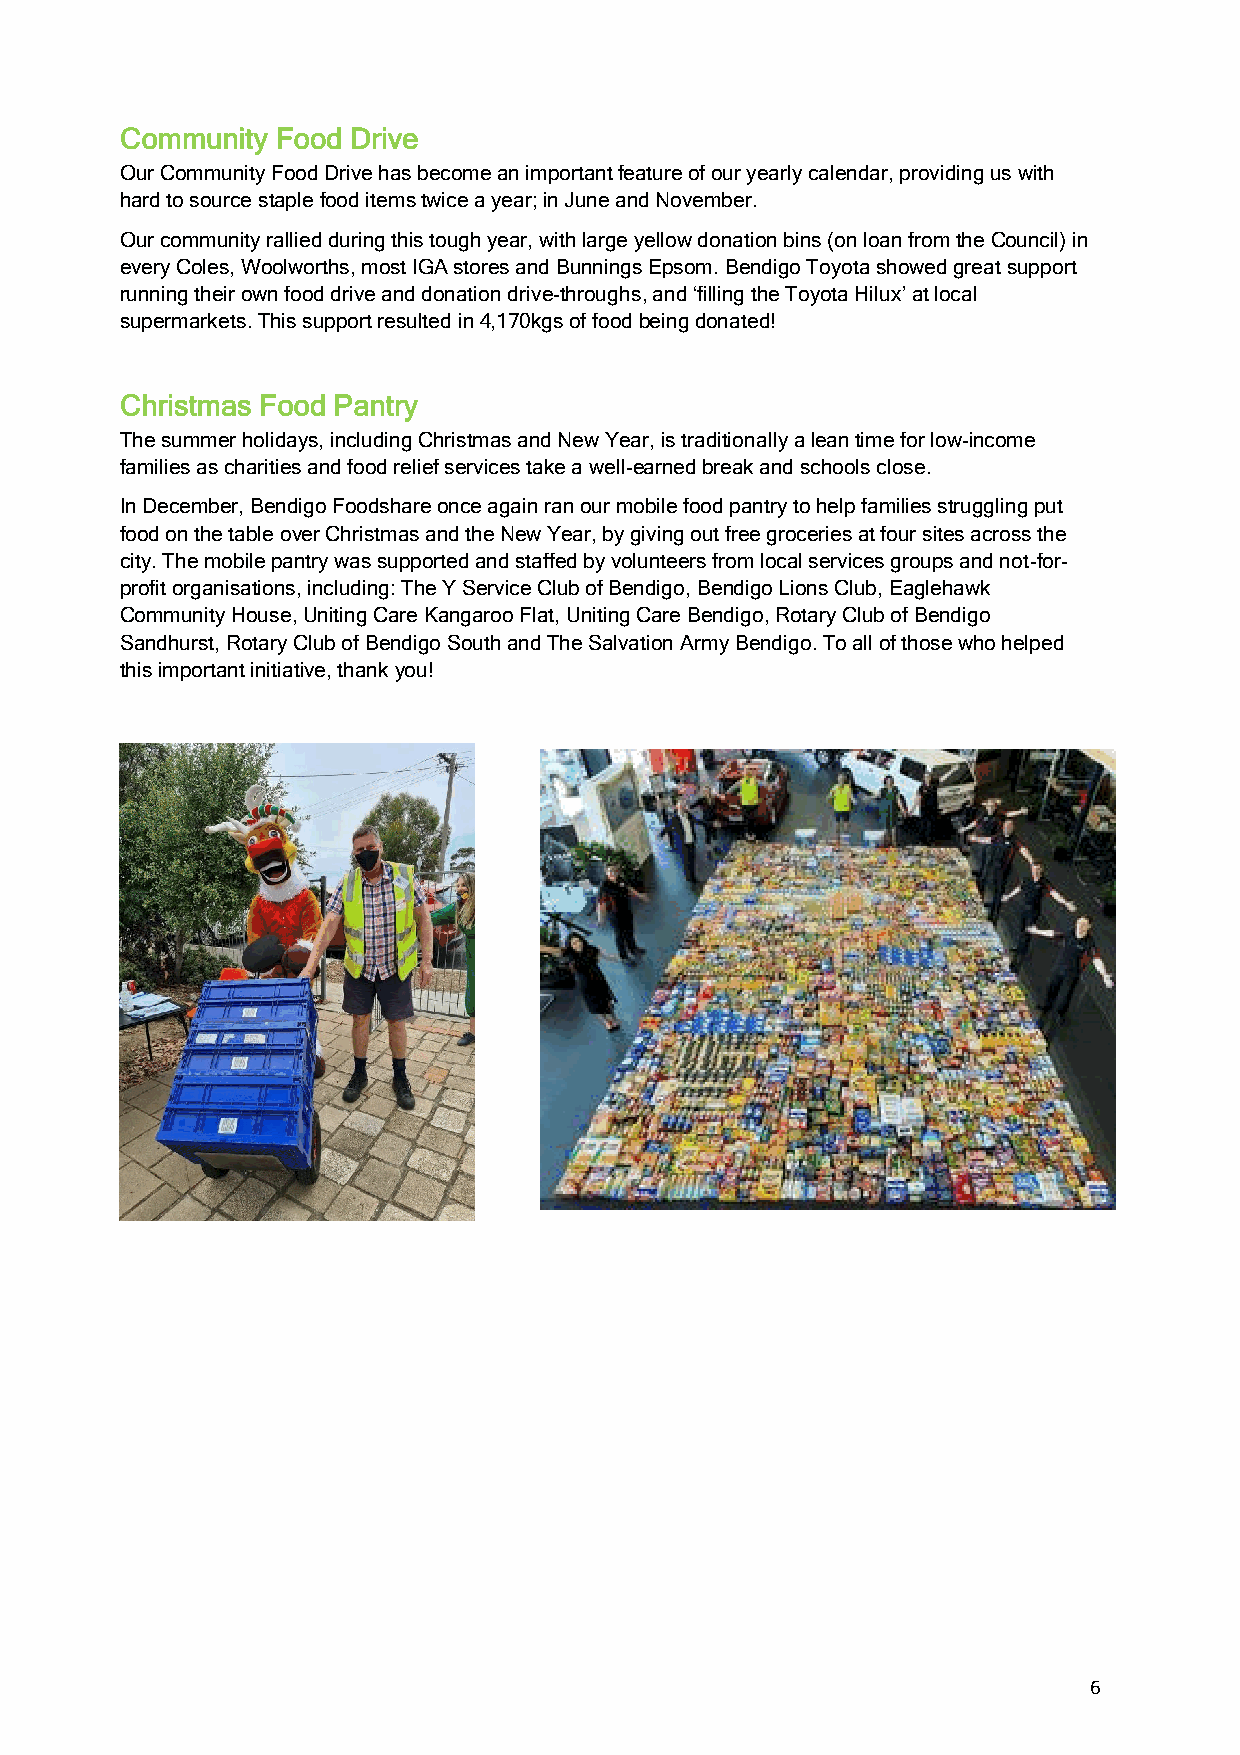
Community Food Drive
 Our Community Food Drive has become an important feature of our yearly calendar, providing us with
 hard to source staple food items twice a year; in June and November.
 Our community rallied during this tough year, with large yellow donation bins (on loan from the Council) in
 every Coles, Woolworths, most IGA stores and Bunnings Epsom. Bendigo Toyota showed great support
 running their own food drive and donation drive-throughs, and ‘filling the Toyota Hilux’ at local
 supermarkets. This support resulted in 4,170kgs of food being donated!
 Christmas Food Pantry
 The summer holidays, including Christmas and New Year, is traditionally a lean time for low-income
 families as charities and food relief services take a well-earned break and schools close.
 In December, Bendigo Foodshare once again ran our mobile food pantry to help families struggling put
 food on the table over Christmas and the New Year, by giving out free groceries at four sites across the
 city. The mobile pantry was supported and staffed by volunteers from local services groups and not-for-
 profit organisations, including: The Y Service Club of Bendigo, Bendigo Lions Club, Eaglehawk
 Community House, Uniting Care Kangaroo Flat, Uniting Care Bendigo, Rotary Club of Bendigo
 Sandhurst, Rotary Club of Bendigo South and The Salvation Army Bendigo. To all of those who helped
 this important initiative, thank you!
 6